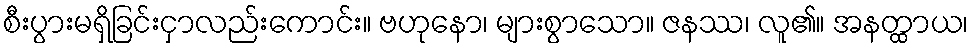
စီးပွားမရှိခြင်းငှာလည်းကောင်း။ ဗဟုနော၊ များစွာသော။ ဇနဿ၊ လူ၏။ အနတ္ထာယ၊